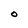
Character: O